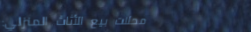
محلات بيع الأثاث المنزلي: